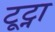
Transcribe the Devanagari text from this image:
टूट्ना